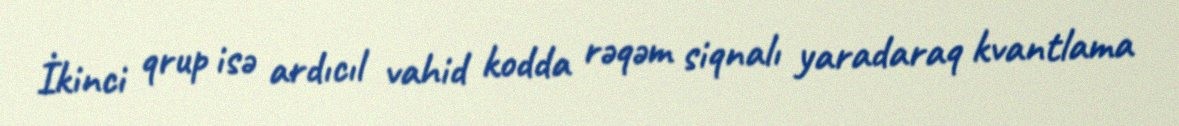
İkinci qrup isə ardıcıl vahid kodda rəqəm siqnalı yaradaraq kvantlama